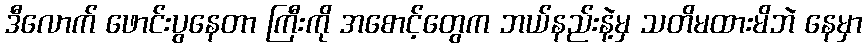
ဒီလောက် ဖောင်းပွနေတာ ကြီးကို အစောင့်တွေက ဘယ်နည်းနဲ့မှ သတိမထားမိဘဲ နေမှာ